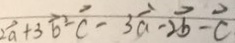
2 \overrightarrow { a } + 3 \overrightarrow { b } - \overrightarrow { c } - 3 \overrightarrow { a } - 2 \overrightarrow { b } - \overrightarrow { C }